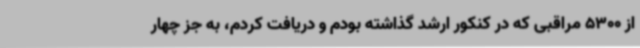
از 5300 مراقبی که در کنکور ارشد گذاشته بودم و دریافت کردم، به جز چهار